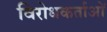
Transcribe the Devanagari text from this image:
विरोधकर्ताओं